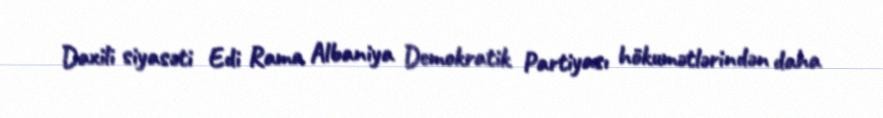
Daxili siyasəti Edi Rama Albaniya Demokratik Partiyası hökumətlərindən daha